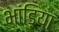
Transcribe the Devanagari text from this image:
भांड़िया